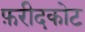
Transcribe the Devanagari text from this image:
फ़रीदकोट